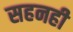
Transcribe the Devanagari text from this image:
सहनही